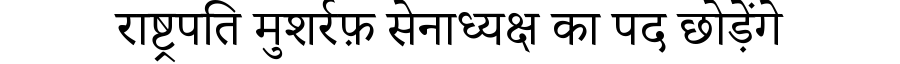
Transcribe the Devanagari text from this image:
राष्ट्रपति मुशर्रफ़ सेनाध्यक्ष का पद छोड़ेंगे